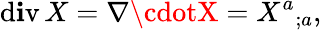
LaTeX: \operatorname{d\mathbf{i}v}X=\nabla\cdotX={X^{a}}_{;a},